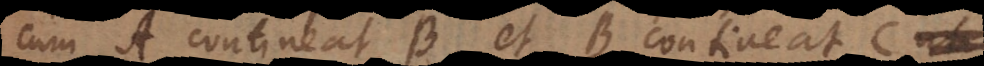
cum A contineat B, et B contineat C,